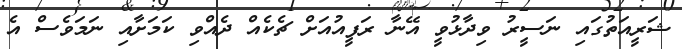
ޝަރީއަތުގައި ނަސީރު ވިދާޅުވީ އޭނާ ރަފީއުއަށް ޗެކެއް ދެއްވި ކަމަށާއި ނަމަވެސް އެ